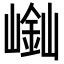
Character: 𡻿